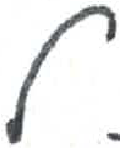
אות: ל